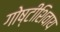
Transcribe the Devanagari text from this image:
गोष्टीशिवाय